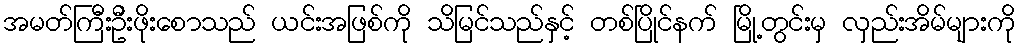
အမတ်ကြီးဦးဖိုးစောသည် ယင်းအဖြစ်ကို သိမြင်သည်နှင့် တစ်ပြိုင်နက် မြို့တွင်းမှ လှည်းအိမ်များကို